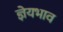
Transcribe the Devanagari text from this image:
ज्ञेयभाव